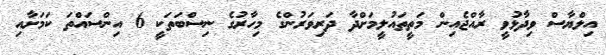
އިލްޔާސް ވިދާޅުވީ ރާއްޖެއިން މަތީތައުލީމަށްދާ ދަރިވަރުންގެ މިހާރުގެ ނިސްބަތަކީ 6 އިންސައްތަ ކަމަށާއި